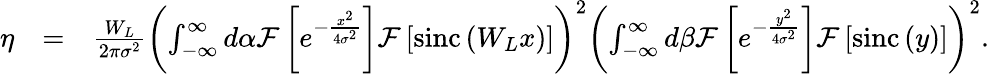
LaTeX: \begin{array}{rlr}{\eta}&{=}&{\frac{W_{L}}{2\pi\sigma^{2}}\left(\int_{-\infty}^{\infty}d\alpha\mathcal{F}\left[e^{-\frac{x^{2}}{4\sigma^{2}}}\right]\mathcal{F}\left[\mathrm{sinc}\left(W_{L}x\right)\right]\right)^{2}\left(\int_{-\infty}^{\infty}d\beta\mathcal{F}\left[e^{-\frac{y^{2}}{4\sigma^{2}}}\right]\mathcal{F}\left[\mathrm{sinc}\left(y\right)\right]\right)^{2}.}\end{array}